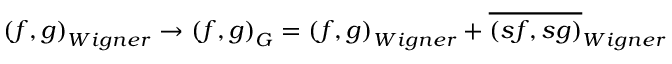
\left( f , g \right) _ { W i g n e r } \rightarrow \left( f , g \right) _ { G } = \left( f , g \right) _ { W i g n e r } + \overline { { { \left( s f , s g \right) } } } _ { W i g n e r }